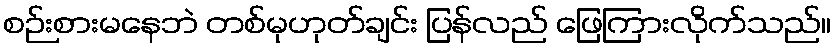
စဉ်းစားမနေဘဲ တစ်မုဟုတ်ချင်း ပြန်လည် ဖြေကြားလိုက်သည်။